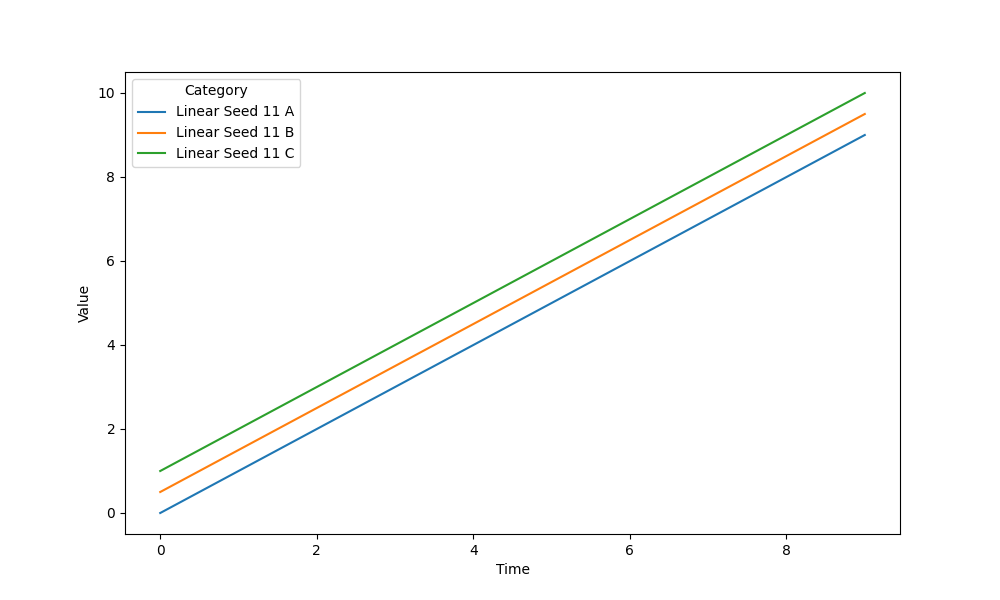
python, seaborn, lineplot, style='solid', marker='None'